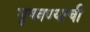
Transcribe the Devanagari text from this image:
भुषवण्याची